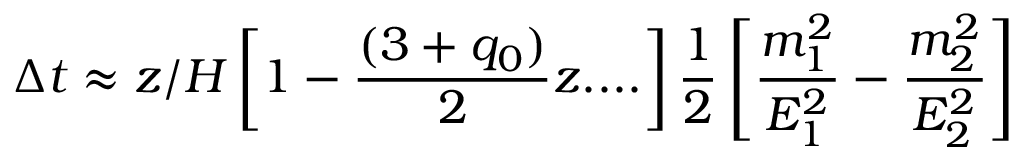
\Delta t \approx z / H \left[ 1 - \frac { ( 3 + q _ { 0 } ) } { 2 } z . . . . \right] \frac { 1 } { 2 } \left[ \frac { m _ { 1 } ^ { 2 } } { E _ { 1 } ^ { 2 } } - \frac { m _ { 2 } ^ { 2 } } { E _ { 2 } ^ { 2 } } \right]